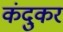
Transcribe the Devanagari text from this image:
कंदुकर